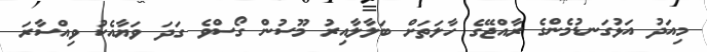
މިއަދު އަޅުގަނޑުމެންގެ ރާއްޖޭގެ ހާލަތަށް ބަލާލާއިރު މޫސުން ގޯސްވެ ގަދަ ވަޔާއެކު ވިއްސާރަ